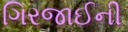
ગિરજાઈની